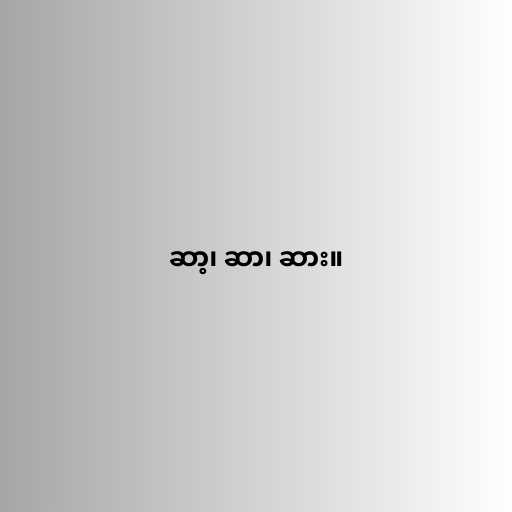
ဆာ့၊ ဆာ၊ ဆား။